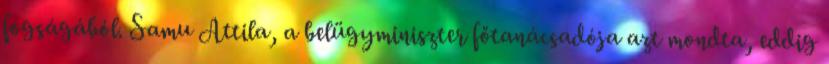
fogságából. Samu Attila, a belügyminiszter főtanácsadója azt mondta, eddig